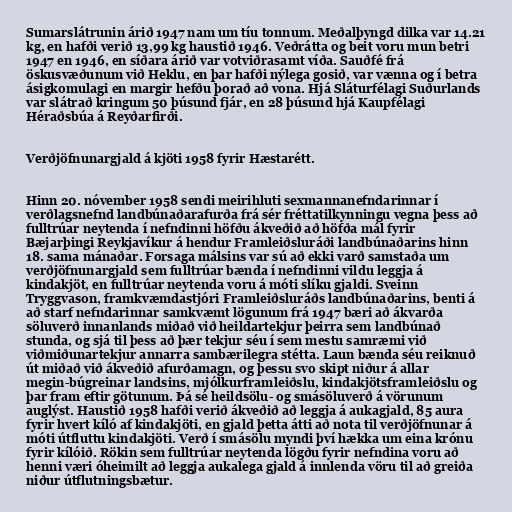
Sumarslátrunin árið 1947 nam um tíu tonnum. Meðalþyngd dilka var 14.21
kg, en hafði verið 13,99 kg haustið 1946. Veðrátta og beit voru mun betri
1947 en 1946, en síðara árið var votviðrasamt víða. Sauðfé frá
öskusvæðunum við Heklu, en þar hafði nýlega gosið, var vænna og í betra
ásigkomulagi en margir hefðu þorað að vona. Hjá Sláturfélagi Suðurlands
var slátrað kringum 50 þúsund fjár, en 28 þúsund hjá Kaupfélagi
Héraðsbúa á Reyðarfirði.

Verðjöfnunargjald á kjöti 1958 fyrir Hæstarétt.

Hinn 20. nóvember 1958 sendi meirihluti sexmannanefndarinnar í
verðlagsnefnd landbúnaðarafurða frá sér fréttatilkynningu vegna þess að
fulltrúar neytenda í nefndinni höfðu ákveðið að höfða mál fyrir
Bæjarþingi Reykjavíkur á hendur Framleiðsluráði landbúnaðarins hinn
18. sama mánaðar. Forsaga málsins var sú að ekki varð samstaða um
verðjöfnunargjald sem fulltrúar bænda í nefndinni vildu leggja á
kindakjöt, en fulltrúar neytenda voru á móti slíku gjaldi. Sveinn
Tryggvason, framkvæmdastjóri Framleiðsluráðs landbúnaðarins, benti á
að starf nefndarinnar samkvæmt lögunum frá 1947 bæri að ákvarða
söluverð innanlands miðað við heildartekjur þeirra sem landbúnað
stunda, og sjá til þess að þær tekjur séu í sem mestu samræmi við
viðmiðunartekjur annarra sambærilegra stétta. Laun bænda séu reiknuð
út miðað við ákveðið afurðamagn, og þessu svo skipt niður á allar
megin-búgreinar landsins, mjólkurframleiðslu, kindakjötsframleiðslu og
þar fram eftir götunum. Þá sé heildsölu- og smásöluverð á vörunum
auglýst. Haustið 1958 hafði verið ákveðið að leggja á aukagjald, 85 aura
fyrir hvert kíló af kindakjöti, en gjald þetta átti að nota til verðjöfnunar á
móti útfluttu kindakjöti. Verð í smásölu myndi því hækka um eina krónu
fyrir kílóið. Rökin sem fulltrúar neytenda lögðu fyrir nefndina voru að
henni væri óheimilt að leggja aukalega gjald á innlenda vöru til að greiða
niður útflutningsbætur.